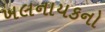
ખલનાયકનો